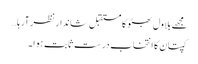
مجھے بلاول بھٹو کا مستقبل شاندار نظر آرہا…
کپتان کا انتخاب درست ثابت ہوا ۔